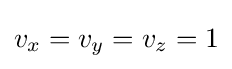
v_{x}=v_{y}=v_{z}=1